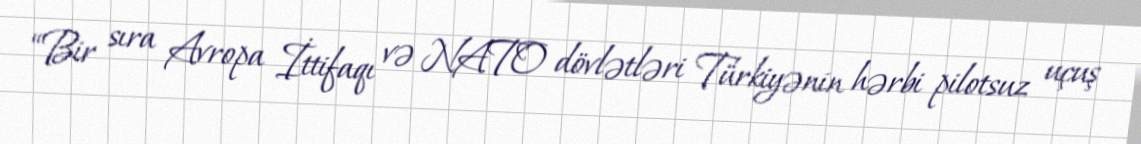
“Bir sıra Avropa İttifaqı və NATO dövlətləri Türkiyənin hərbi pilotsuz uçuş